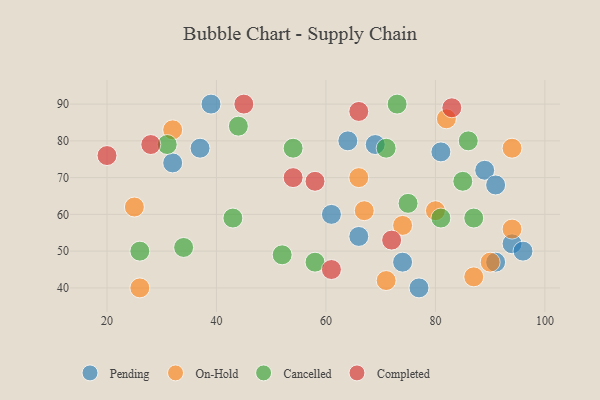
{"axis": {"x": "GDP", "y": "Life Expectancy"}, "legend": ["Cancelled", "Completed", "On-Hold", "Pending"], "data": [{"x": "66", "y": 54, "type": "Pending"}, {"x": "32", "y": 74, "type": "Pending"}, {"x": "74", "y": 47, "type": "Pending"}, {"x": "89", "y": 72, "type": "Pending"}, {"x": "69", "y": 79, "type": "Pending"}, {"x": "94", "y": 52, "type": "Pending"}, {"x": "96", "y": 50, "type": "Pending"}, {"x": "39", "y": 90, "type": "Pending"}, {"x": "81", "y": 77, "type": "Pending"}, {"x": "61", "y": 60, "type": "Pending"}, {"x": "91", "y": 68, "type": "Pending"}, {"x": "64", "y": 80, "type": "Pending"}, {"x": "91", "y": 47, "type": "Pending"}, {"x": "77", "y": 40, "type": "Pending"}, {"x": "37", "y": 78, "type": "Pending"}, {"x": "26", "y": 40, "type": "On-Hold"}, {"x": "94", "y": 56, "type": "On-Hold"}, {"x": "82", "y": 86, "type": "On-Hold"}, {"x": "71", "y": 42, "type": "On-Hold"}, {"x": "32", "y": 83, "type": "On-Hold"}, {"x": "90", "y": 47, "type": "On-Hold"}, {"x": "87", "y": 43, "type": "On-Hold"}, {"x": "74", "y": 57, "type": "On-Hold"}, {"x": "67", "y": 61, "type": "On-Hold"}, {"x": "25", "y": 62, "type": "On-Hold"}, {"x": "94", "y": 78, "type": "On-Hold"}, {"x": "80", "y": 61, "type": "On-Hold"}, {"x": "66", "y": 70, "type": "On-Hold"}, {"x": "34", "y": 51, "type": "Cancelled"}, {"x": "52", "y": 49, "type": "Cancelled"}, {"x": "43", "y": 59, "type": "Cancelled"}, {"x": "26", "y": 50, "type": "Cancelled"}, {"x": "73", "y": 90, "type": "Cancelled"}, {"x": "75", "y": 63, "type": "Cancelled"}, {"x": "71", "y": 78, "type": "Cancelled"}, {"x": "81", "y": 59, "type": "Cancelled"}, {"x": "58", "y": 47, "type": "Cancelled"}, {"x": "87", "y": 59, "type": "Cancelled"}, {"x": "31", "y": 79, "type": "Cancelled"}, {"x": "86", "y": 80, "type": "Cancelled"}, {"x": "54", "y": 78, "type": "Cancelled"}, {"x": "85", "y": 69, "type": "Cancelled"}, {"x": "44", "y": 84, "type": "Cancelled"}, {"x": "66", "y": 88, "type": "Completed"}, {"x": "83", "y": 89, "type": "Completed"}, {"x": "58", "y": 69, "type": "Completed"}, {"x": "61", "y": 45, "type": "Completed"}, {"x": "20", "y": 76, "type": "Completed"}, {"x": "28", "y": 79, "type": "Completed"}, {"x": "45", "y": 90, "type": "Completed"}, {"x": "72", "y": 53, "type": "Completed"}, {"x": "54", "y": 70, "type": "Completed"}]}